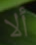
ألا